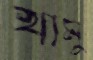
খামু